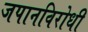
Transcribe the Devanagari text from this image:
जपानविरोधी